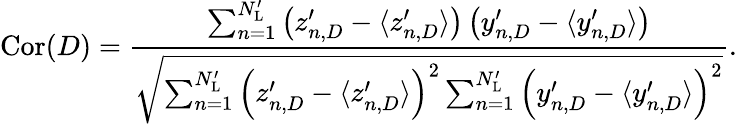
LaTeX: \mathrm{Cor}(D)=\frac{\sum_{n=1}^{N_{\mathrm{L}}^{\prime}}\left(z_{n,D}^{\prime}-\langle z_{n,D}^{\prime}\rangle\right)\left(y_{n,D}^{\prime}-\langle y_{n,D}^{\prime}\rangle\right)}{\sqrt{\sum_{n=1}^{N_{\mathrm{L}}^{\prime}}\left(z_{n,D}^{\prime}-\langle z_{n,D}^{\prime}\rangle\right)^{2}\sum_{n=1}^{N_{\mathrm{L}}^{\prime}}\left(y_{n,D}^{\prime}-\langle y_{n,D}^{\prime}\rangle\right)^{2}}}.